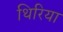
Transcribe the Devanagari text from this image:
थिरिया